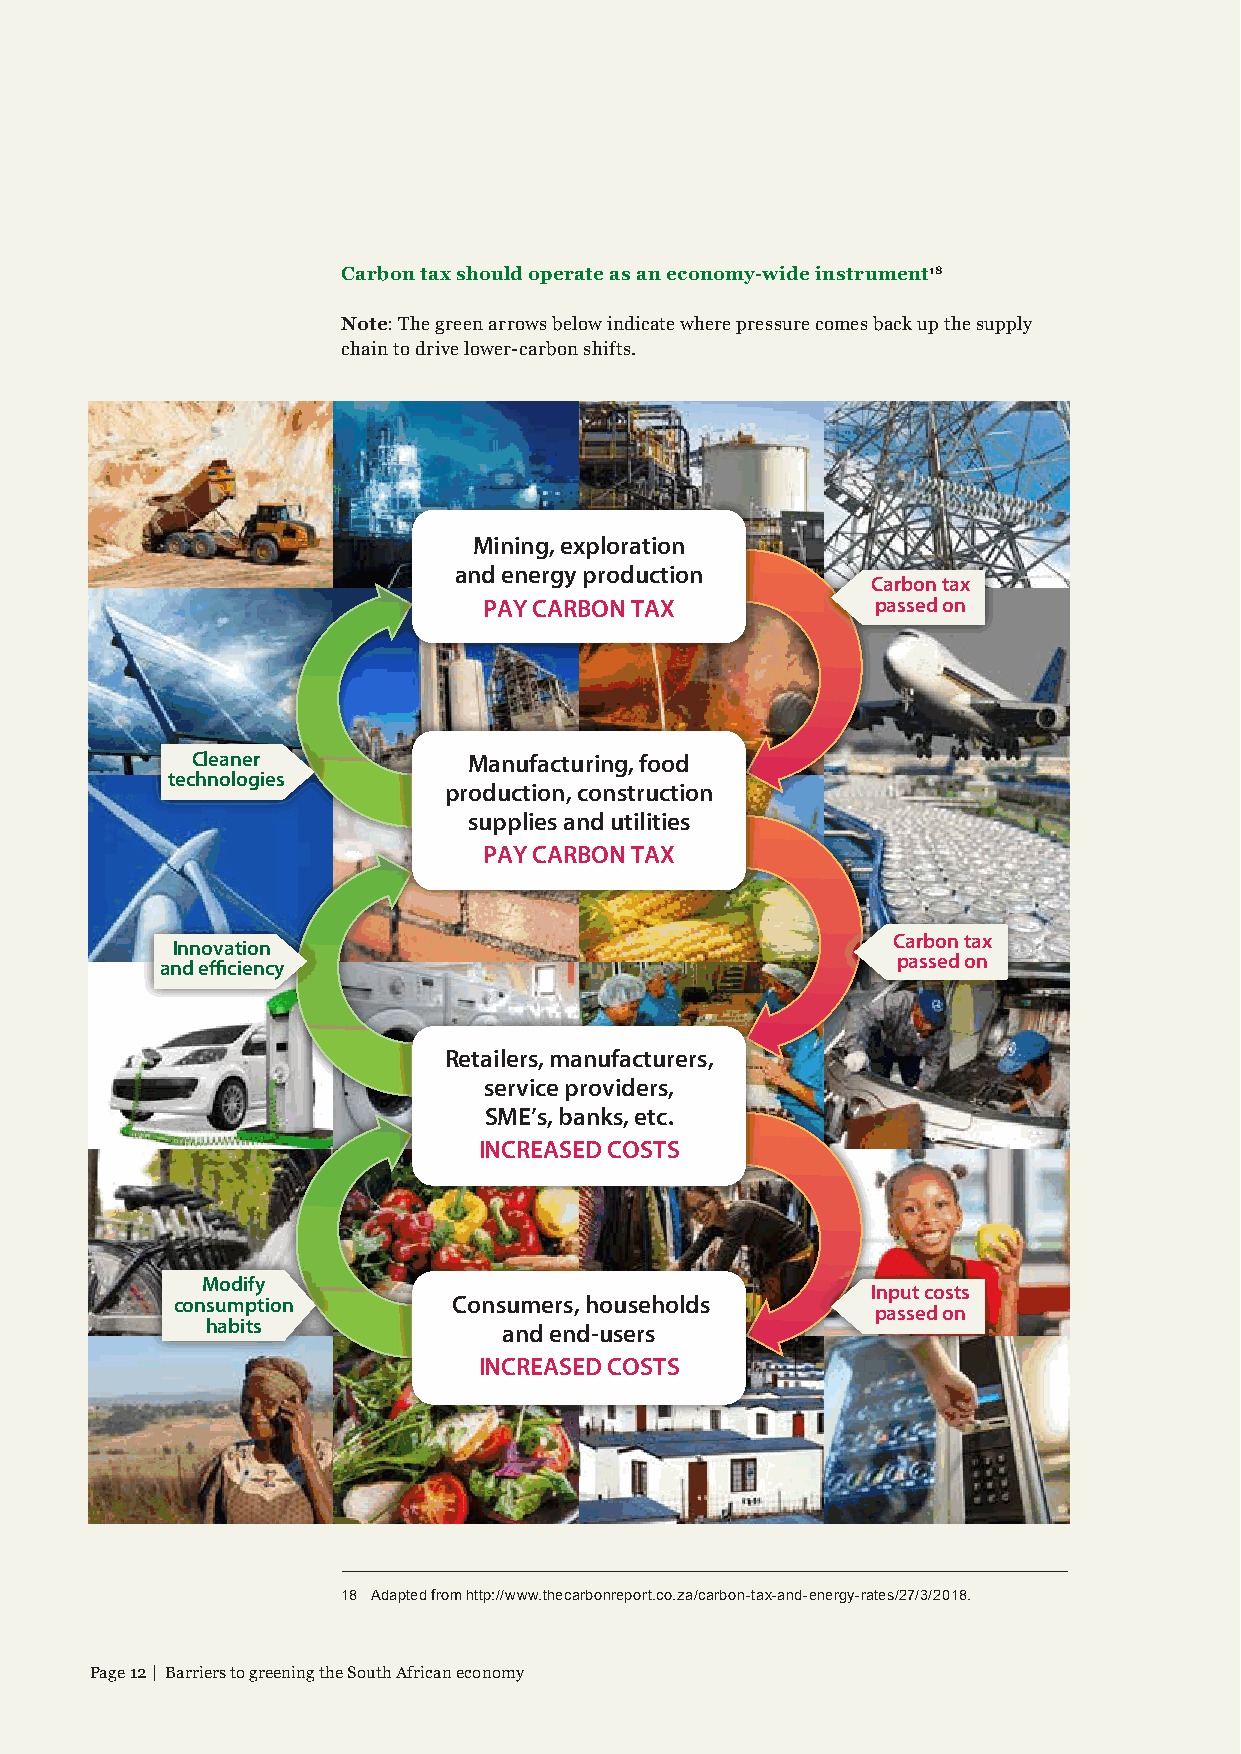
Carbon tax should operate as an economy-wide instrument18
 Note: The green arrows below indicate where pressure comes back up the supply
 chain to drive lower-carbon shifts.
 Mining, exploration
 and energy production
 Carbon tax
 PAY CARBON TAX            passed on
 Cleaner           Manufacturing, food
 technologies
 production, construction
 supplies and utilities
 PAY CARBON TAX
 Carbon tax
 Innovation
 passed on
 and efficiency
 Retailers, manufacturers,
 service providers,
 SME’s, banks, etc.
 INCREASED COSTS
 Modify
 Input costs
 consumption        Consumers, households
 passed on
 habits             and end-users
 INCREASED COSTS
 18 Adapted from http://www.thecarbonreport.co.za/carbon-tax-and-energy-rates/27/3/2018.
 Page 12 | Barriers to greening the South African economy